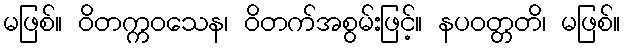
မဖြစ်။ ဝိတက္ကဝသေန၊ ဝိတက်အစွမ်းဖြင့်။ နပဝတ္တတိ၊ မဖြစ်။